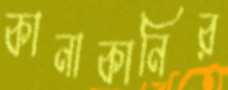
কানাকানির